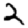
Digit: 2